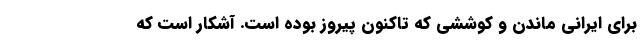
برای ایرانی ماندن و کوششی که تا‌کنون پیروز بوده است. آشکار است که